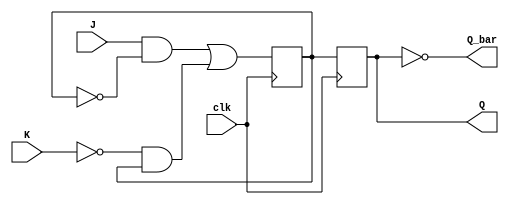
module jk_flip_flop (
  input wire J, // input J
  input wire K, // input K
  input wire clk, // clock input
  output reg Q, // output Q
  output reg Q_bar // output Q_bar
);

reg master_Q;
reg slave_Q;

always @(posedge clk) begin
  // Master stage
  master_Q <= (J & ~master_Q) | (~K & master_Q);
  
  // Slave stage
  slave_Q <= master_Q;
end

assign Q = slave_Q;
assign Q_bar = ~slave_Q;

endmodule